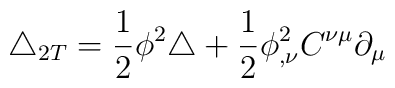
\triangle_{2T}=\frac{1}{2}\phi^{2}\triangle+\frac{1}{2}\phi^{2}_{,\nu}C^{\nu\mu}\partial_{\mu}